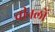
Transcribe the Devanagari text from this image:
चीनलों